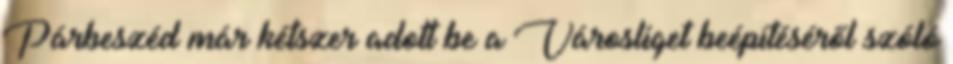
Párbeszéd már kétszer adott be a Városliget beépítéséről szóló